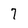
Character: 7